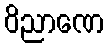
ဝိညာဏေ